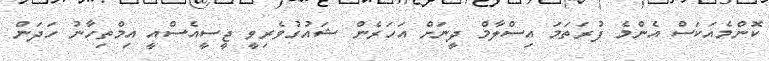
ކޮންމެއަކަސް އެންމެ ފުރަތަމަ އިސްލާމް ދީނަށް އަހަރެން ޝައުގުވެރިވީ ޖީސީއެސްއީ އިމްތިހާނު ހަދަން